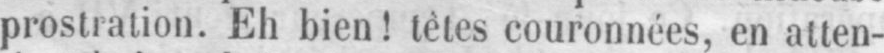
prostration. Eh bien! tètes couronnées, en atten-